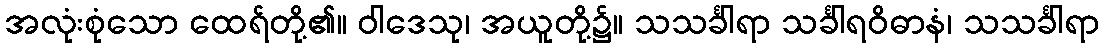
အလုံးစုံသော ထေရ်တို့၏။ ဝါဒေသု၊ အယူတို့၌။ သသင်္ခါရာ သင်္ခါရဝိဓာနံ၊ သသင်္ခါရာ